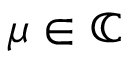
\mu \in \mathbb { C }